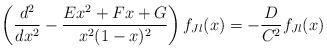
LaTeX: \begin{align*}\left( {d^2 \over d x^2} - {E x^2 + F x + G \over x^2 (1-x)^2}\right) f_{Jl} (x) = - {D \over C^2} f_{Jl} (x)\end{align*}